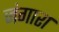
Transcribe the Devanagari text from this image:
जंगारा